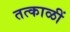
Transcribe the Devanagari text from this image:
तत्काळीं